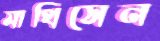
মাথিসেন